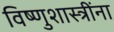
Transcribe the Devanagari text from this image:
विष्णुशास्त्रींना